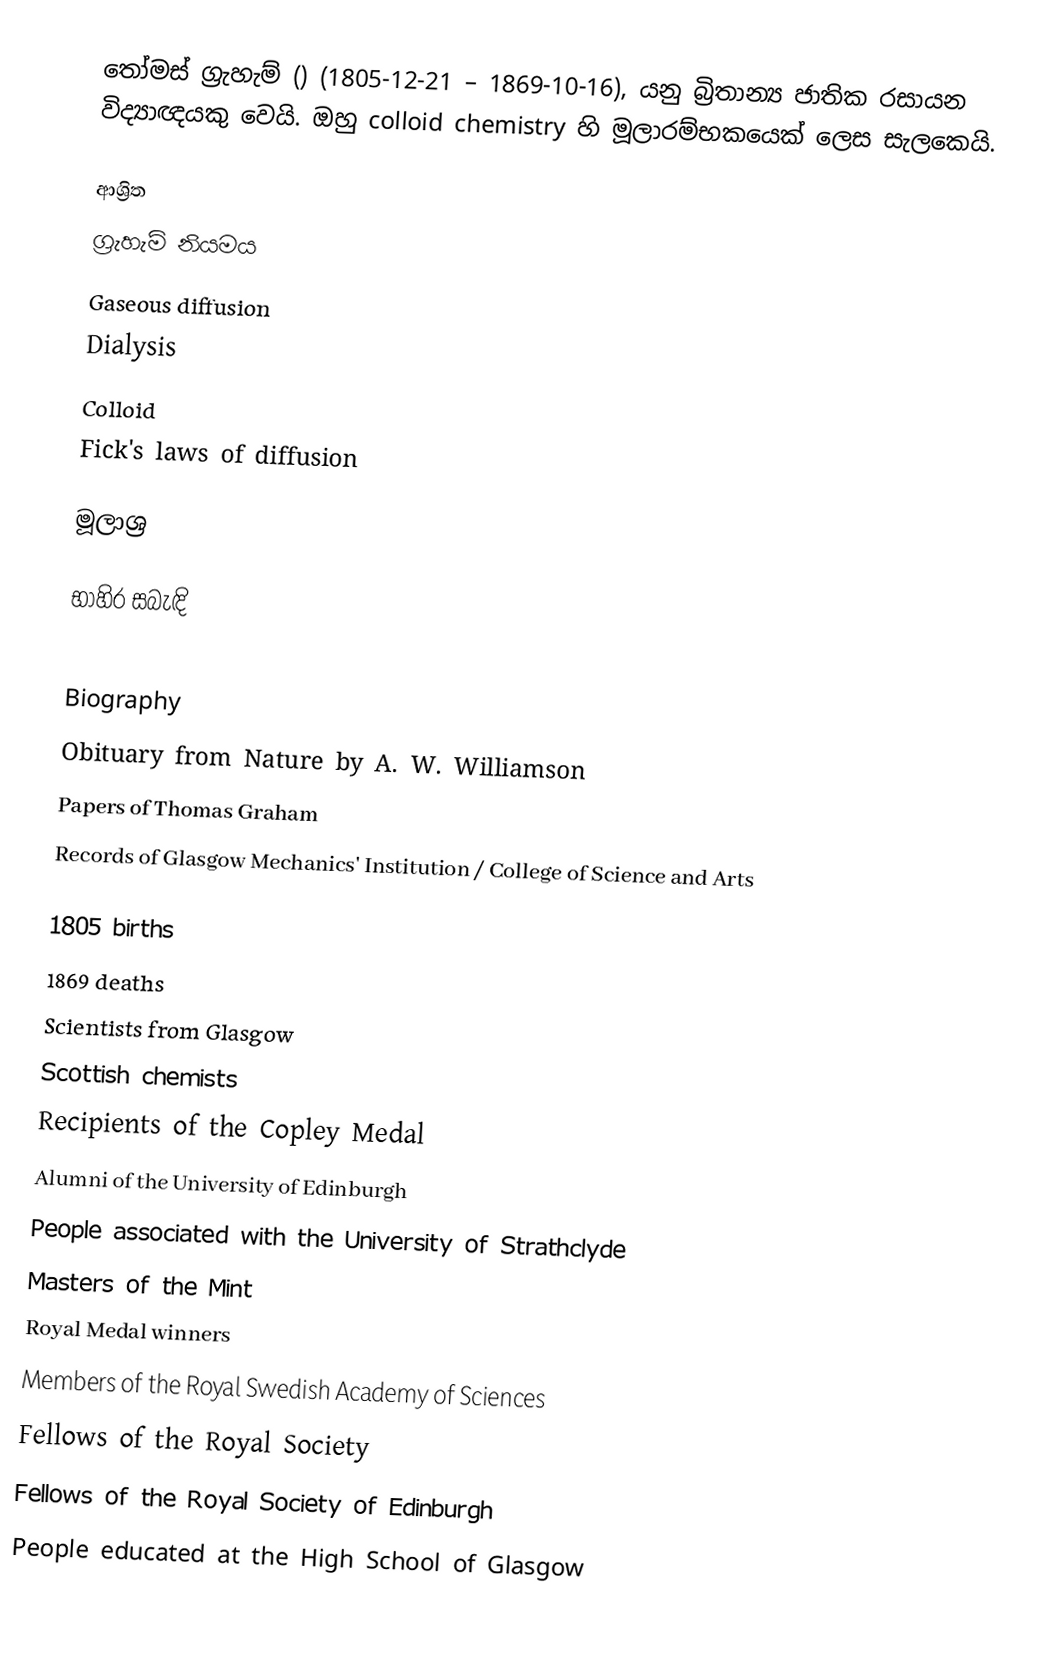
තෝමස් ග්‍රැහැම් ()  (1805-12-21 – 1869-10-16), යනු  බ්‍රිතාන්‍ය ජාතික රසායන විද්‍යාඥයකු වෙයි. ඔහු colloid chemistry හි මූලාරම්භකයෙක් ලෙස සැලකෙයි.

ආශ්‍රිත
 ග්‍රැහැම් නියමය
 Gaseous diffusion
 Dialysis
 Colloid
 Fick's laws of diffusion

මූලාශ්‍ර

භාහිර සබැඳි

 Biography
 Obituary from Nature by A. W. Williamson
 Papers of Thomas Graham
 Records of Glasgow Mechanics' Institution / College of Science and Arts

1805 births
1869 deaths
Scientists from Glasgow
Scottish chemists
Recipients of the Copley Medal
Alumni of the University of Edinburgh
People associated with the University of Strathclyde
Masters of the Mint
Royal Medal winners
Members of the Royal Swedish Academy of Sciences
Fellows of the Royal Society
Fellows of the Royal Society of Edinburgh
People educated at the High School of Glasgow